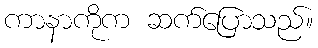
ကာနာကိုက ဆက်ပြောသည်။